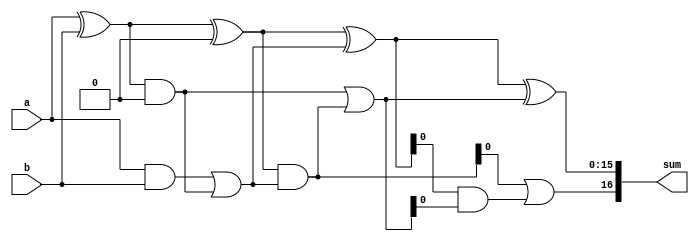
module brent_kung_adder (
    input wire [15:0] a,
    input wire [15:0] b,
    output reg [16:0] sum
);

wire [15:0] p [0:3];
wire [15:0] g [0:3];
wire [15:0] c [0:3];

assign p[0] = a ^ b;
assign g[0] = a & b;
assign c[0] = 0;

assign p[1] = p[0] ^ c[0];
assign g[1] = p[0] & c[0];
assign c[1] = g[0] | (p[0] & c[0]);

assign p[2] = p[1] ^ c[1];
assign g[2] = p[1] & c[1];
assign c[2] = g[1] | (p[1] & c[1]);

assign p[3] = p[2] ^ c[2];
assign g[3] = p[2] & c[2];
assign c[3] = g[2] | (p[2] & c[2]);

assign sum = {c[3], p[3]};

endmodule